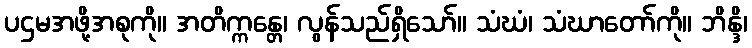
ပဌမအဖို့အစုကို။ အတိက္ကန္တေ၊ လွန်သည်ရှိသော်။ သံဃံ၊ သံဃာတော်ကို။ ဘိန္ဒိ၊